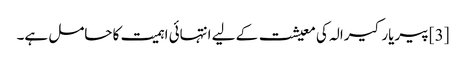
[3] پیریار کیرالہ کی معیشت کے لیے انتہائی اہمیت کا حامل ہے۔